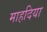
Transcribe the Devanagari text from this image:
माहदिया